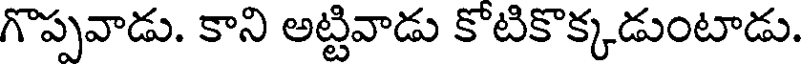
గొప్పవాడు. కాని అట్టివాడు కొటికొక్కడుంటాడు.